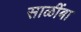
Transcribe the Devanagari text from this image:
साळींबा